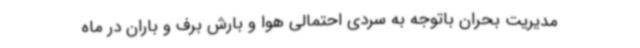
مدیریت بحران باتوجه به سردی احتمالی هوا و بارش برف و باران در ماه